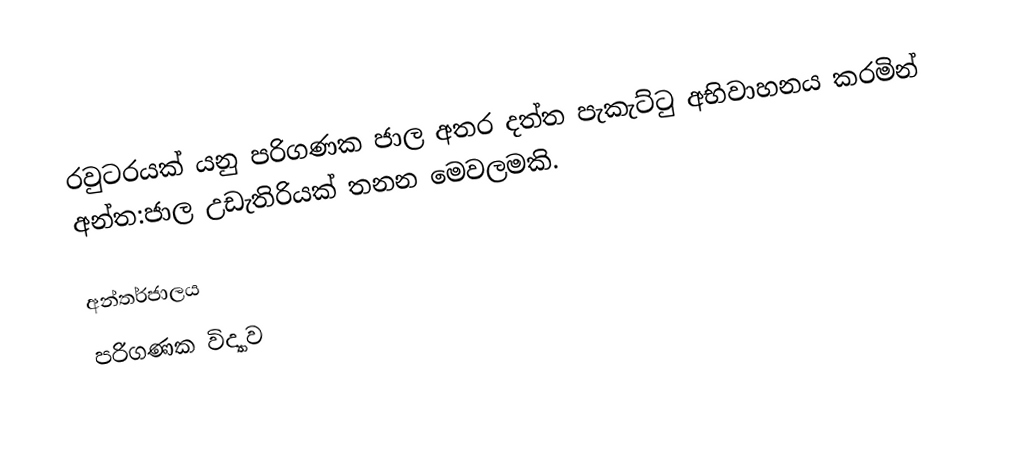
රවුටරයක් යනු පරිගණක ජාල අතර  දත්ත පැකැට්ටු අභිවාහනය කරමින්  අන්ත:ජාල උඩැතිරියක් තනන මෙවලමකි.

අන්තර්ජාලය
පරිගණක විද්‍යාව